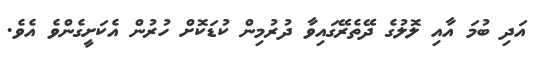
އަދި ބުމަ އާއި ލޮލުގެ ދޭތެރޭގައިވާ ދުރުމިން ކުޑަކޮށް ހުރުން އެކަށީގެންވެ އެވެ.